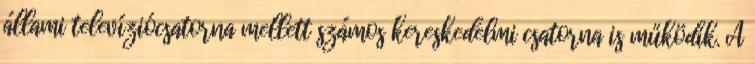
állami televíziócsatorna mellett számos kereskedelmi csatorna is működik. A